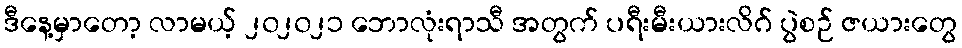
ဒီနေ့မှာတော့ လာမယ့် ၂၀၂၀၂၁ ဘောလုံးရာသီ အတွက် ပရီးမီးယားလိဂ် ပွဲစဉ် ဇယားတွေ